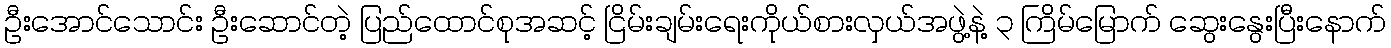
ဦးအောင်သောင်း ဦးဆောင်တဲ့ ပြည်ထောင်စုအဆင့် ငြိမ်းချမ်းရေးကိုယ်စားလှယ်အဖွဲ့နဲ့ ၃ ကြိမ်မြောက် ဆွေးနွေးပြီးနောက်